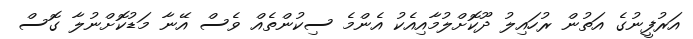
އަރުފީނުގެ އަތުން ރުހައިލު ދޫކޮށްލުމާއިއެކު އެންމެ ސިކުންތެއް ވެސް އޭނާ މަޑުކޮށްނުލާ ގޮސް